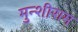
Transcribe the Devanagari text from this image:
मुन्शीराम